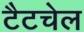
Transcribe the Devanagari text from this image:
टैटचेल